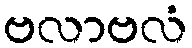
ဗလာဗလံ